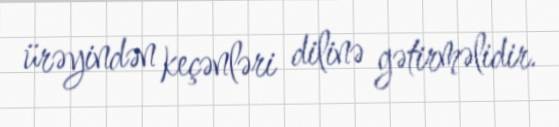
ürəyindən keçənləri dilinə gətirməlidir.